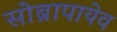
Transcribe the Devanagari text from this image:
सोब्रापायेव